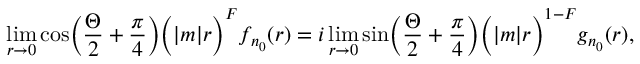
\operatorname * { l i m } _ { r \to 0 } \cos \biggl ( { \frac { \Theta } { 2 } } + { \frac { \pi } { 4 } } \biggr ) \biggl ( | m | r \biggr ) ^ { F } f _ { n _ { 0 } } ( r ) = i \operatorname * { l i m } _ { r \to 0 } \sin \biggl ( { \frac { \Theta } { 2 } } + { \frac { \pi } { 4 } } \biggr ) \biggl ( | m | r \biggr ) ^ { 1 - F } g _ { n _ { 0 } } ( r ) ,